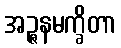
အဉ္ဇနမက္ခိတာ